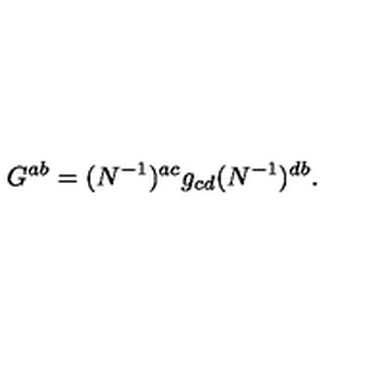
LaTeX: G ^ { a b } = ( N ^ { - 1 } ) ^ { a c } g _ { c d } ( N ^ { - 1 } ) ^ { d b } .